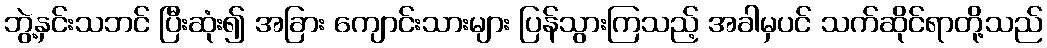
ဘွဲ့နှင်းသဘင် ပြီးဆုံး၍ အခြား ကျောင်းသားများ ပြန်သွားကြသည့် အခါမှပင် သက်ဆိုင်ရာတို့သည်